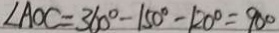
\angle A O C = 3 6 0 ^ { \circ } - 1 5 0 ^ { \circ } - 1 2 0 ^ { \circ } = 9 0 ^ { \circ }